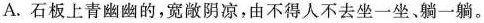
A.石板上青幽幽的，宽敞阴凉，由不得人不去坐一坐。躺一躺。